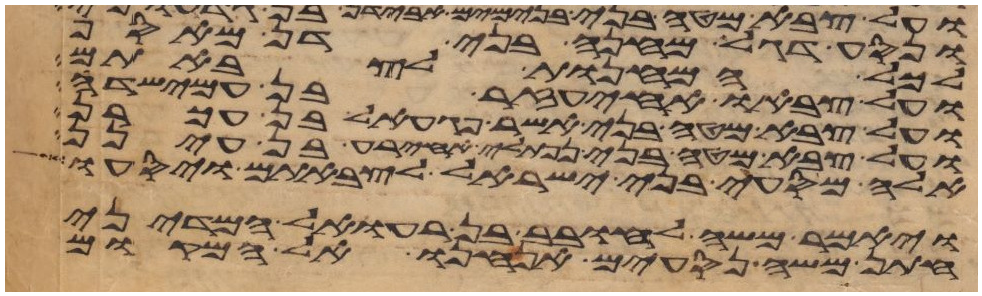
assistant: ונסע דגל מחנה בני דן מאסף
לכל המחנות לצבאתם
ועל צבאו אחיעזר בן עמישדי
ועל צבא מטה בני אשר פגעאל בן עכרן
ועל צבא מטה בני נפתלי אחירע בן עינן
אלה מסעי בני ישראל לצבאתם ויסעו
ויאמר משה לחובב בן רעואל המדיני
חתן משה נסעים אנחנו אל המקום